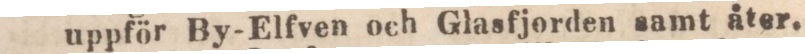
uppför By-Elfven och Glasfjorden samt äter.